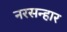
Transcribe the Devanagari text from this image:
नरसन्हार